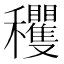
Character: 𥤘